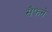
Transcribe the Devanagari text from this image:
सैफने